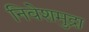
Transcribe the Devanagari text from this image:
निवेशमुद्रा